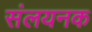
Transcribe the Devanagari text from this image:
संलयनक